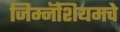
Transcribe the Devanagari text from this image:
जिम्नॅशियमचे